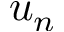
u _ { n }